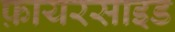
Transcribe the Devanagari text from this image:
फ़ायरसाइड